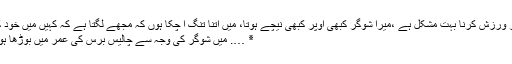
پرہیز اور ورزش کرنا بہت مشکل ہے ،میرا شوگر کبھی اوپر کبھی نیچے ہوتا، میں اتنا تنگ آ چکا ہوں کہ مجھے لگتا ہے کہ کہیں میں خود کشی ….
٭ …. میں شوگر کی وجہ سے چالیس برس کی عمر میں بوڑھا ہو گیا ہوں۔